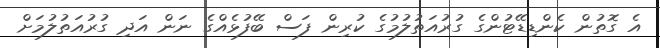
އެ ގޮތުން ކެންޑިޑޭޓުންގެ ގުރުއަތުލުމުގެ ކުރިން ފަސް ބޭފުޅެއްގެ ނަން އަދި ގުރުއަތުލުމަށް